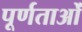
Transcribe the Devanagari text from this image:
पूर्णताओं